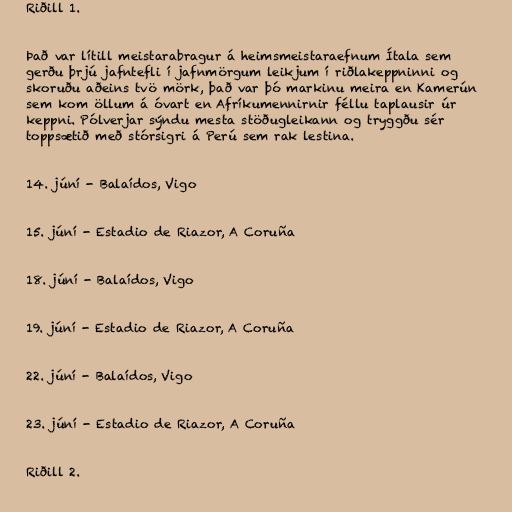
Riðill 1.

Það var lítill meistarabragur á heimsmeistaraefnum Ítala sem
gerðu þrjú jafntefli í jafnmörgum leikjum í riðlakeppninni og
skoruðu aðeins tvö mörk, það var þó markinu meira en Kamerún
sem kom öllum á óvart en Afríkumennirnir féllu taplausir úr
keppni. Pólverjar sýndu mesta stöðugleikann og tryggðu sér
toppsætið með stórsigri á Perú sem rak lestina.

14. júní - Balaídos, Vigo

15. júní - Estadio de Riazor, A Coruña

18. júní - Balaídos, Vigo

19. júní - Estadio de Riazor, A Coruña

22. júní - Balaídos, Vigo

23. júní - Estadio de Riazor, A Coruña

Riðill 2.